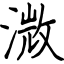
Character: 溦